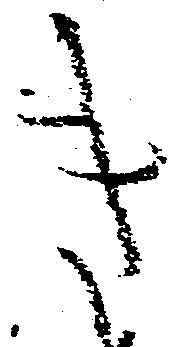
き